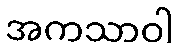
အကသာဝါ